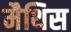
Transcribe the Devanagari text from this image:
मैथिस